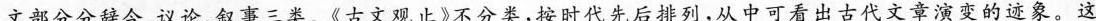
文部分分辞令、议论、叙事三类。《古文观止》不分类，按时代先后排列，从中可看出古代文章演变的迹象。这